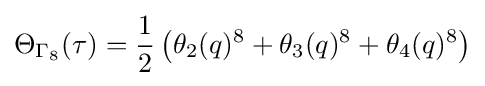
\Theta _{\Gamma _{8}}(\tau )={\frac {1}{2}}\left(\theta _{2}(q)^{8}+\theta _{3}(q)^{8}+\theta _{4}(q)^{8}\right)